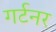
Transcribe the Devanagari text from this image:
गर्टनर